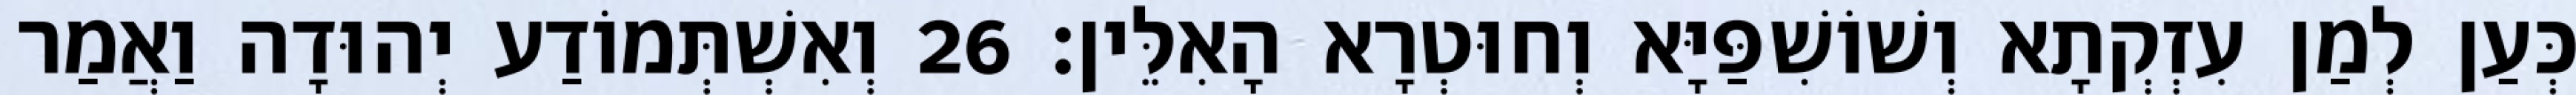
כְּעַן לְמַן עִזְקְתָא וְשׁוֹשִׁפַּיָּא וְחוּטְרָא הָאִלֵּין׃ 26 וְאִשְׁתְּמוֹדַע יְהוּדָה וַאֲמַר